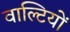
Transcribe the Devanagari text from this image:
वाल्टियों